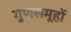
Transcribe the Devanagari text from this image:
गुणसमूहों